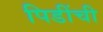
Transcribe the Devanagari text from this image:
पिडींची